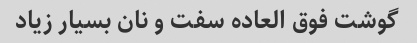
گوشت فوق العاده سفت و نان بسیار زیاد